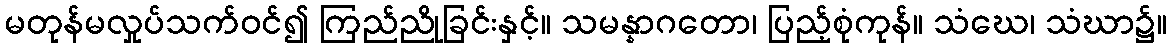
မတုန်မလှုပ်သက်ဝင်၍ ကြည်ညိုခြင်းနှင့်။ သမန္နာဂတော၊ ပြည့်စုံကုန်။ သံဃေ၊ သံဃာ၌။